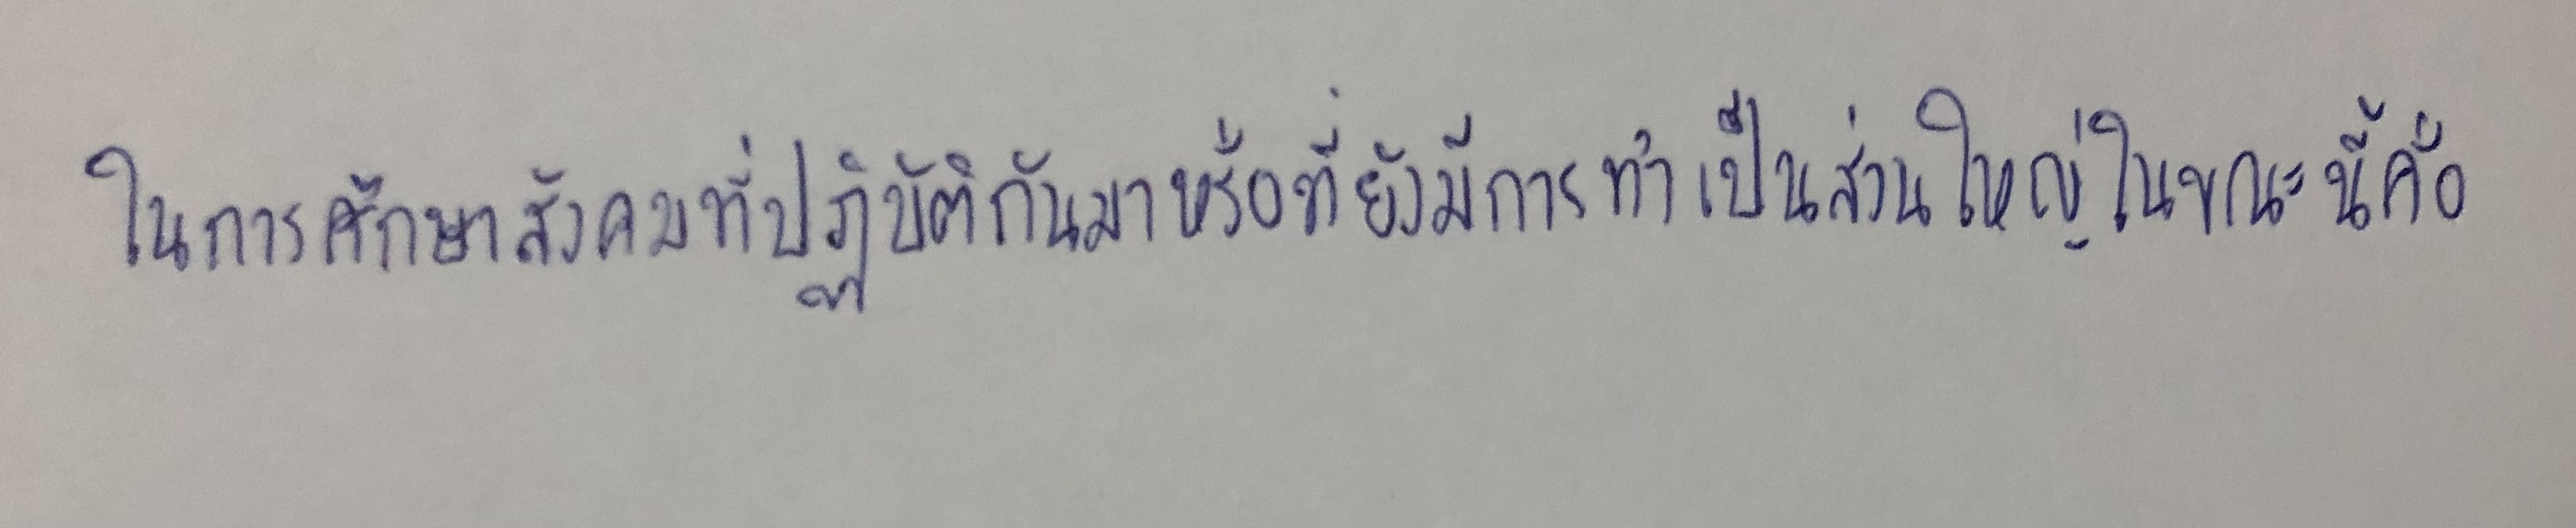
ในการศึกษาสังคมที่ปฏิบัติกันมาหรือที่ยังมีการทำเป็นส่วนใหญ่ในขณะนี้คือ